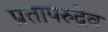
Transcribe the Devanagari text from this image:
प्रतापरुद्रेव